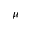
\mu